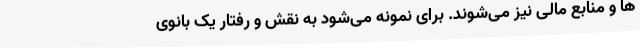
ها و منابع مالی نیز می‌شوند. برای نمونه می‌شود به نقش و رفتار یک بانوی